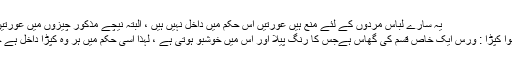
یہ سارے لباس مردوں کے لئے منع ہیں عورتیں اس حکم میں داخل نہیں ہیں ، البتہ نیچے مذکور چیزوں میں عورتیں اور مرد سب داخل ہیں :
{و } ورس و زعفران لگا ہوا کپڑا : ورس ایک خاص قسم کی گھاس ہےجس کا رنگ پیلا اور اس میں خوشبو ہوتی ہے ، لہذا اسی حکم میں ہر وہ کپڑا داخل ہے جس سے خوشبو آرہی ہو ۔